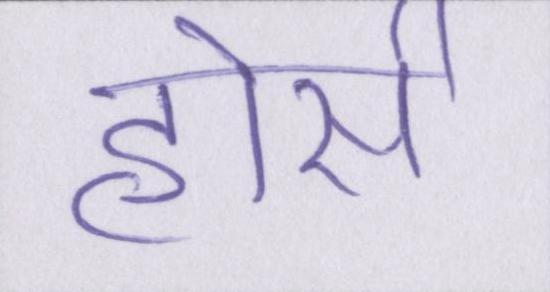
होर्स